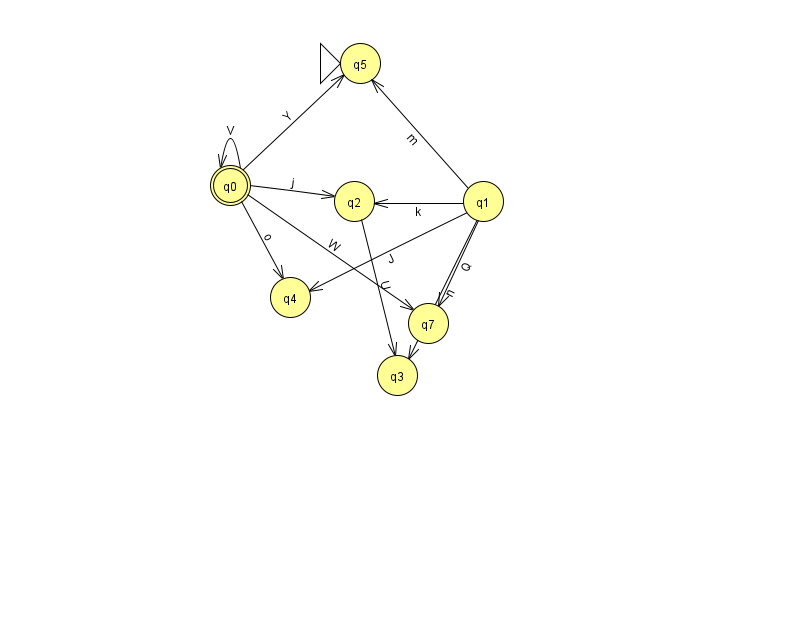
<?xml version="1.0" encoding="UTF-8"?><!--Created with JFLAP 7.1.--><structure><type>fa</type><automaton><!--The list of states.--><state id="0" name="q0"><x>230.0</x><y>172.0</y><final/></state><state id="1" name="q1"><x>483.0</x><y>188.0</y></state><state id="2" name="q2"><x>354.0</x><y>188.0</y></state><state id="3" name="q3"><x>397.0</x><y>362.0</y></state><state id="4" name="q4"><x>290.0</x><y>284.0</y></state><state id="5" name="q5"><x>360.0</x><y>50.0</y><initial/></state><state id="7" name="q7"><x>428.0</x><y>310.0</y></state><!--The list of transitions.--><transition><from>1</from><to>7</to><read>Q</read></transition><transition><from>1</from><to>5</to><read>m</read></transition><transition><from>2</from><to>3</to><read>U</read></transition><transition><from>1</from><to>4</to><read>J</read></transition><transition><from>0</from><to>2</to><read>j</read></transition><transition><from>0</from><to>0</to><read>V</read></transition><transition><from>0</from><to>4</to><read>o</read></transition><transition><from>0</from><to>7</to><read>W</read></transition><transition><from>1</from><to>3</to><read>n</read></transition><transition><from>0</from><to>5</to><read>Y</read></transition><transition><from>1</from><to>2</to><read>k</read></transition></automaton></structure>